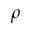
\rho